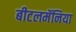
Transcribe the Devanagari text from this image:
बीटलमॅनिया